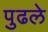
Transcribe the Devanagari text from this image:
पुढले